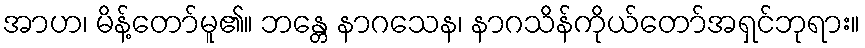
အာဟ၊ မိန့်တော်မူ၏။ ဘန္တေ နာဂသေန၊ နာဂသိန်ကိုယ်တော်အရှင်ဘုရား။